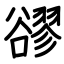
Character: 豂